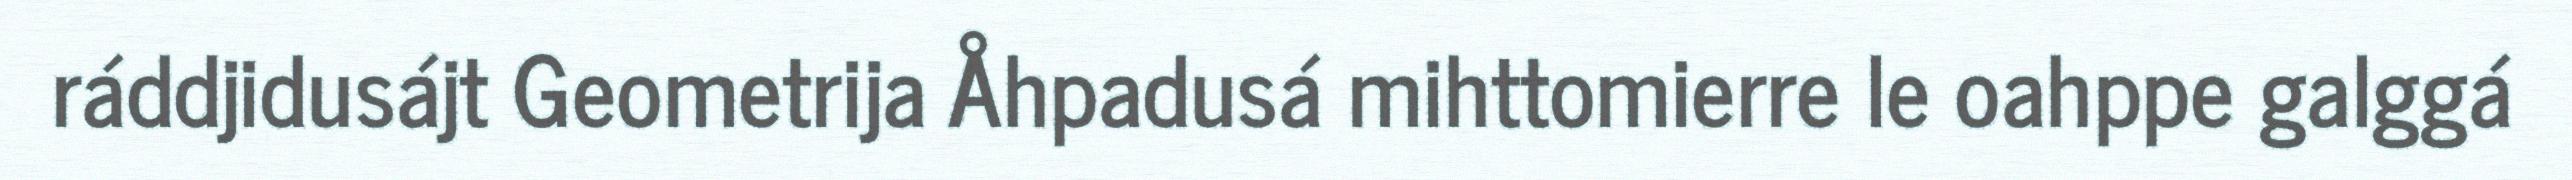
ráddjidusájt Geometrija Åhpadusá mihttomierre le oahppe galggá